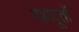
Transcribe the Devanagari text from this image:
महादूतों